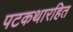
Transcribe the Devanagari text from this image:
पटकथारहित